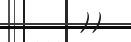
))